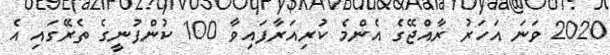
2020 ވަނަ އަހަރު ރާއްޖޭގެ އެންމެ ކުރިއަރާފައިވާ 100 ކުންފުނީގެ ތެރޭގައި އެ